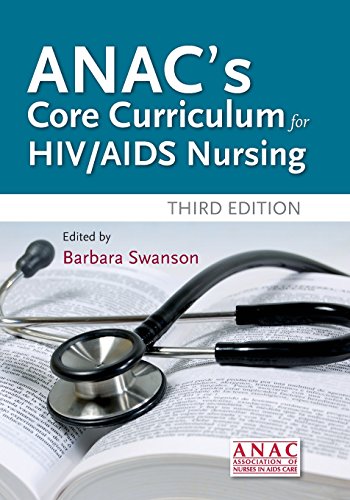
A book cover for ANAC's Core Curriculum For HIV / AIDS Nursing; Association of Nurses in AIDS Care (ANAC); Medical Books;